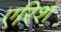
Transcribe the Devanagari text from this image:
एरिश